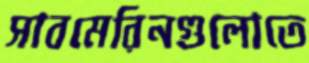
সাবমেরিনগুলোতে